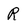
Character: R